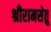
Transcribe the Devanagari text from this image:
श्रीरामसेतु